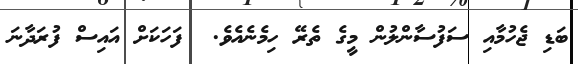
ބަޑި ޖެހުމާއި ސަފުސާންލުން މީގެ ތެރޭ ހިމެނެއެވެ.  ފަހަކަށް އައިސް ފުރަދާނަ